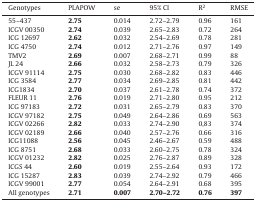
<table><thead><tr><td><b>Genotypes</b></td><td><b>PLAPOW</b></td><td><b>se</b></td><td><b>95% CI</b></td><td><b>R<sup>2</sup></b></td><td><b>RMSE</b></td></tr></thead><tbody><tr><td>55–437</td><td><b>2.75</b></td><td>0.014</td><td>2.72–2.79</td><td>0.96</td><td>161</td></tr><tr><td>ICGV 00350</td><td><b>2.74</b></td><td>0.039</td><td>2.65–2.83</td><td>0.72</td><td>264</td></tr><tr><td>ICG 12697</td><td><b>2.62</b></td><td>0.032</td><td>2.54–2.69</td><td>0.78</td><td>281</td></tr><tr><td>ICG 4750</td><td><b>2.74</b></td><td>0.012</td><td>2.71–2.76</td><td>0.97</td><td>149</td></tr><tr><td>TMV2</td><td><b>2.69</b></td><td>0.007</td><td>2.68–2.71</td><td>0.99</td><td>88</td></tr><tr><td>JL 24</td><td><b>2.66</b></td><td>0.032</td><td>2.58–2.73</td><td>0.79</td><td>326</td></tr><tr><td>ICGV 91114</td><td><b>2.75</b></td><td>0.030</td><td>2.68–2.82</td><td>0.83</td><td>446</td></tr><tr><td>ICG 3584</td><td><b>2.77</b></td><td>0.034</td><td>2.69–2.85</td><td>0.81</td><td>442</td></tr><tr><td>ICG1834</td><td><b>2.70</b></td><td>0.037</td><td>2.61–2.78</td><td>0.74</td><td>372</td></tr><tr><td>FLEUR 11</td><td><b>2.76</b></td><td>0.019</td><td>2.71–2.80</td><td>0.95</td><td>212</td></tr><tr><td>ICG 97183</td><td><b>2.72</b></td><td>0.031</td><td>2.65–2.79</td><td>0.83</td><td>370</td></tr><tr><td>ICGV 97182</td><td><b>2.75</b></td><td>0.049</td><td>2.64–2.86</td><td>0.69</td><td>563</td></tr><tr><td>ICGV 02266</td><td><b>2.82</b></td><td>0.033</td><td>2.74–2.90</td><td>0,83</td><td>374</td></tr><tr><td>ICGV 02189</td><td><b>2.66</b></td><td>0.040</td><td>2.57–2.76</td><td>0.66</td><td>316</td></tr><tr><td>ICG11088</td><td><b>2.56</b></td><td>0.045</td><td>2.46–2.67</td><td>0.59</td><td>488</td></tr><tr><td>ICG 8751</td><td><b>2.68</b></td><td>0.033</td><td>2.60–2.75</td><td>0.78</td><td>324</td></tr><tr><td>ICGV 01232</td><td><b>2.82</b></td><td>0.025</td><td>2.76–2.87</td><td>0.89</td><td>328</td></tr><tr><td>ICGS 44</td><td><b>2.60</b></td><td>0.019</td><td>2.55–2.64</td><td>0.93</td><td>172</td></tr><tr><td>ICG 15287</td><td><b>2.83</b></td><td>0.039</td><td>2.74–2.92</td><td>0.79</td><td>466</td></tr><tr><td>ICGV 99001</td><td><b>2.77</b></td><td>0.054</td><td>2.64–2.91</td><td>0.68</td><td>395</td></tr><tr><td>All genotypes</td><td><b>2.71</b></td><td><b>0.007</b></td><td><b>2.70–2.72</b></td><td><b>0.76</b></td><td><b>397</b></td></tr></tbody></table>